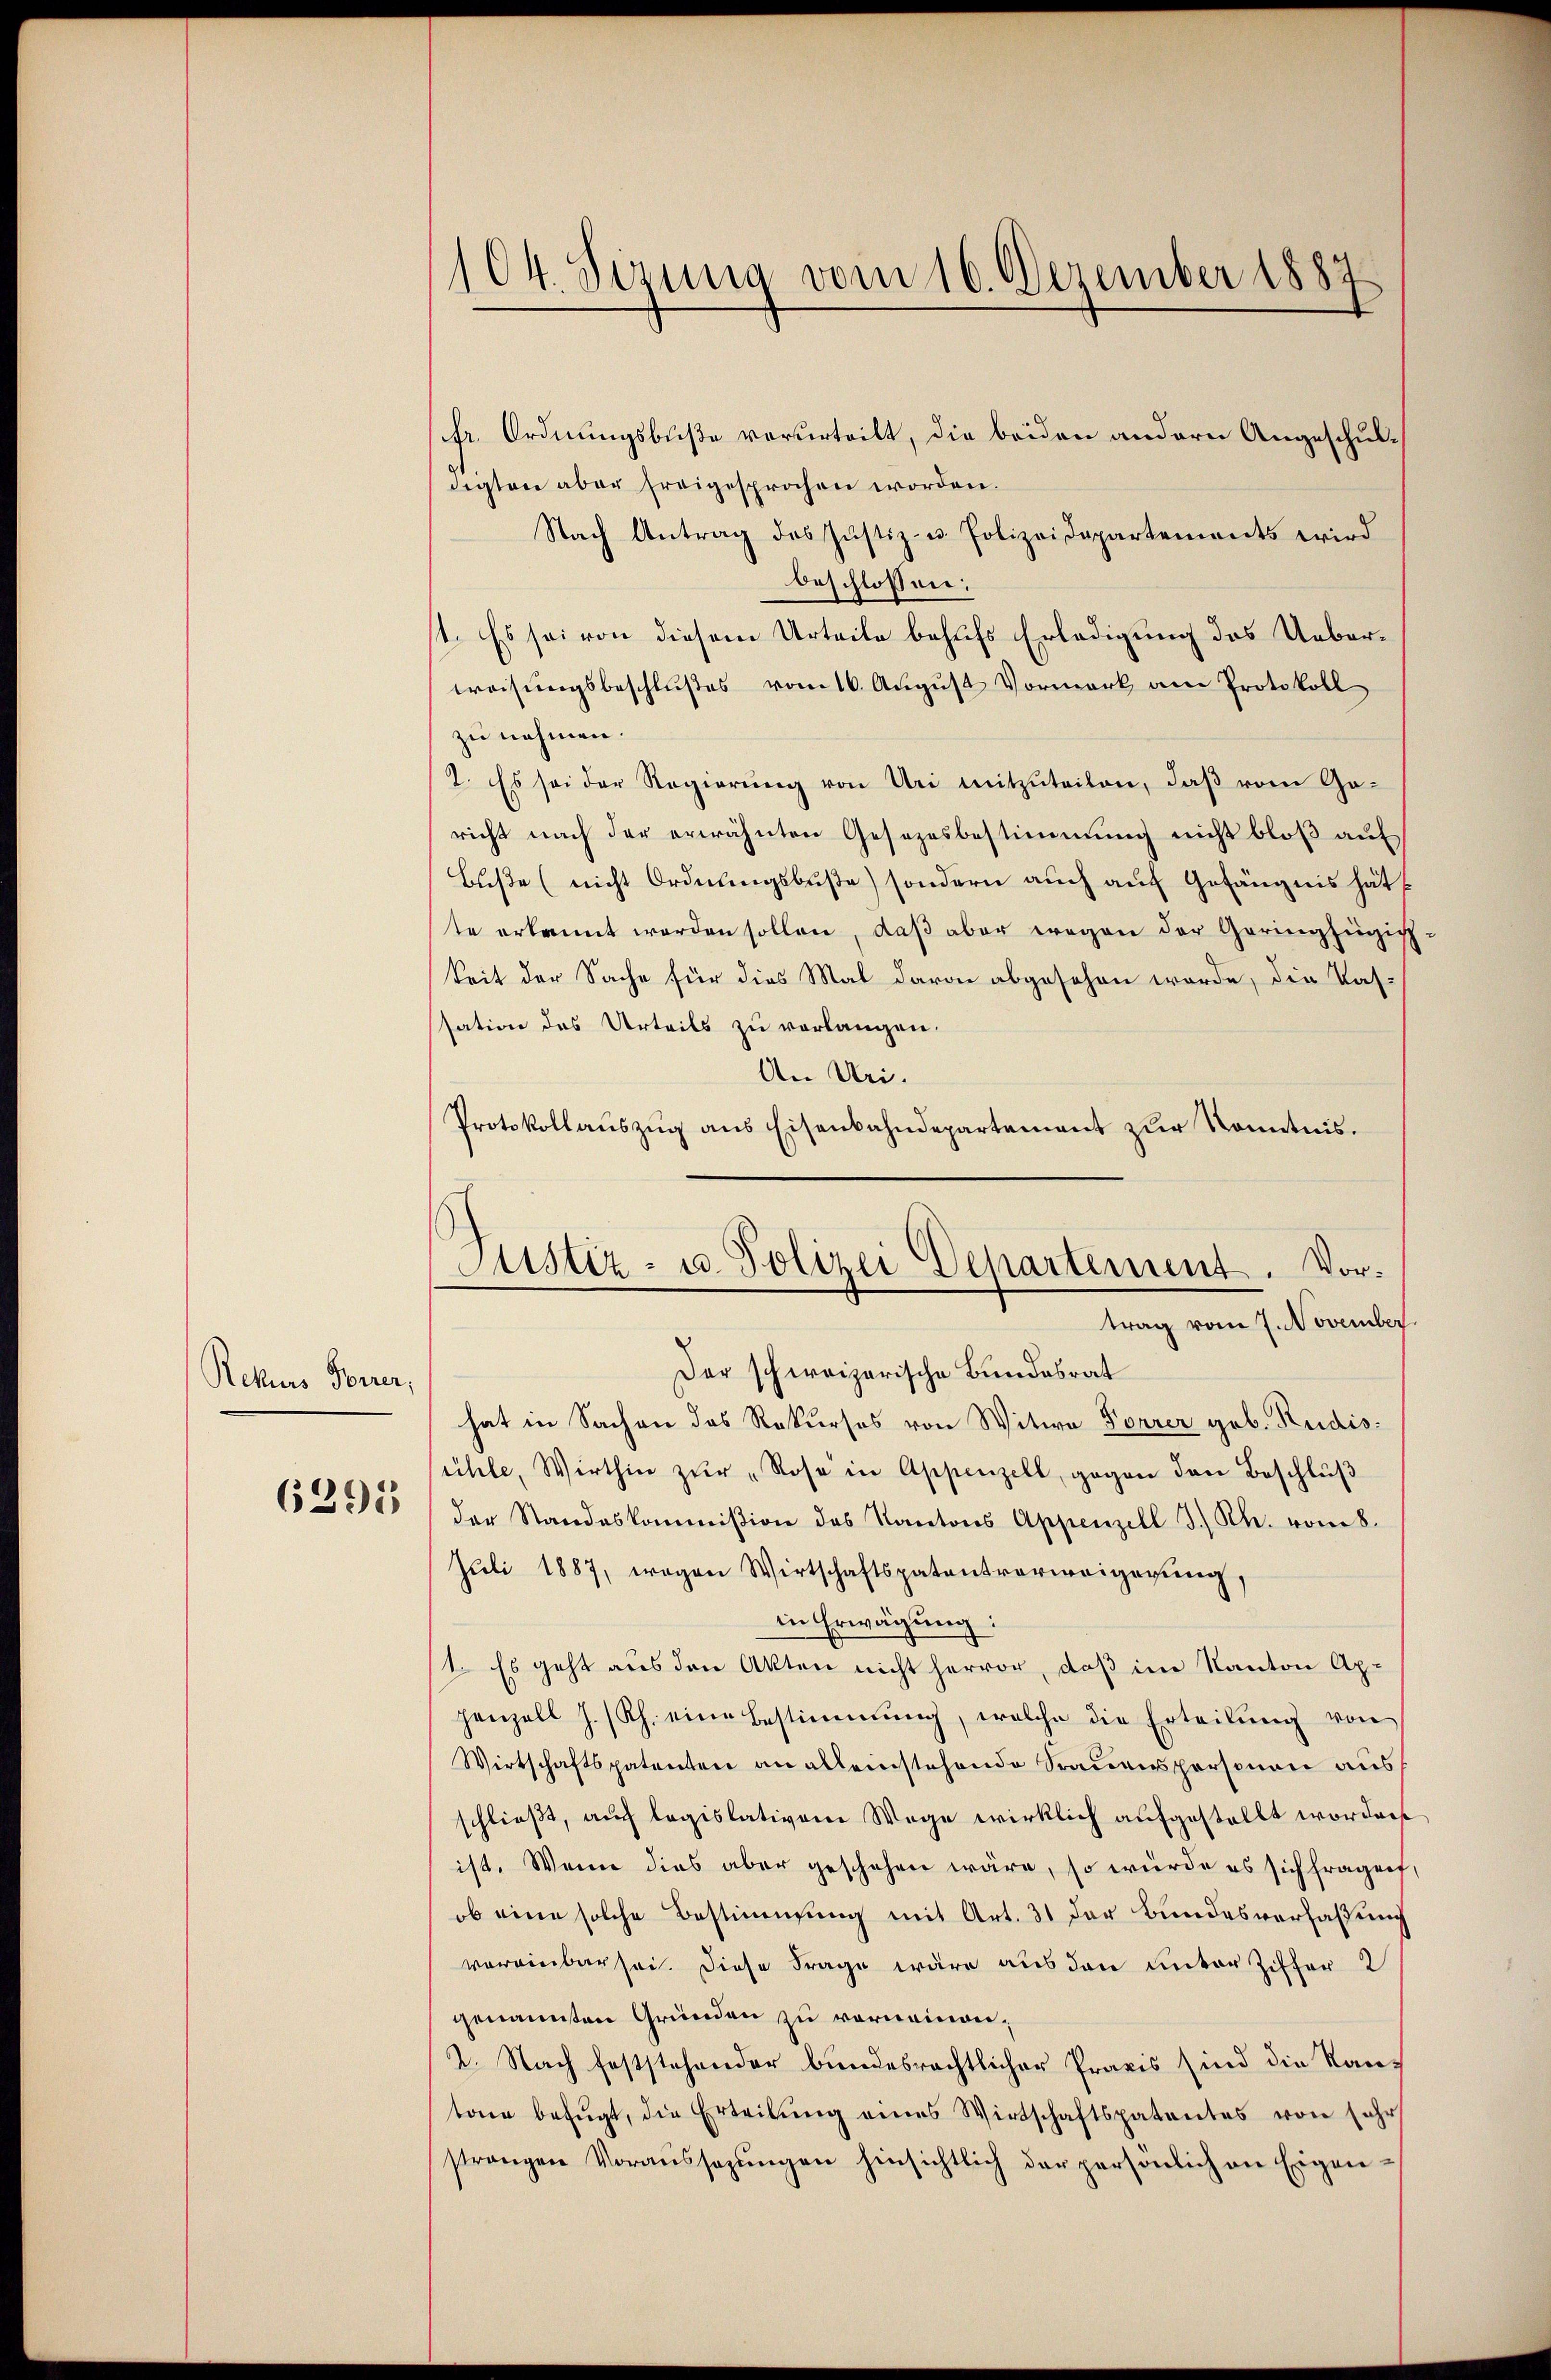
Rekurs Forrer,

6395

104. Sitzung vom 16. Dezember 1882

fr. Ordnungsbuße verurteilt, die beiden andern Angeschuldigten aber freigesprochen worden.
Nach Antrag des Justiz- u. Polizeidepartements wird
beschlossen:
st. Es sei von diesem Urteile behufs Erledigung des Ueberweisungsbeschlußes vom 16. August Vormerk am Protokoll
zu nehmen.
2. Es sei der Regierŭng von Uri mitzŭteilen, daβ vom Ge-
richt nach der erwähnten Gesezesbestimmung nicht bloß auf
Buße (nicht Ordnungsbuße) sondern auch auf Gefängnis hätte erkannt werden sollen, daß aber wegen der Geringhinzig
keit der Sache für dies Mal davon abgesehen worde, die Kassation des Urteils zu verlangen.
An Uri.
Protokollauszug aus Eisenbahndepartement zur Kenntnis.
Der schweizerische Bundesrat
hat in Sachen des Rekurses von Witwe Forrer geb. Rudisühle, Wirthin zŭr "Rose in Appenzell, gegen den Beschlŭβ
der Standeskommißion des Kantons Appenzell I. Rh. vom 8.
Jŭli 1887, wegen Wirtschaftspatentverweigerŭng,
in Erwägung:
/1. Es geht aus den Akten nicht hervor, daß im Kanton Appenzell J. Rh. eine Bestimmung, welche die Erteilŭng von
Wirtschaftspatenten an alleinstehende Trauenspersonen aus
schließt, auch legislativem Wege wirklich aufgestellt worden
ist. Wenn dies aber geschehen wäre, so würde es sich fragen,
ob eine solche Bestimmung mit Art. 31 der Bundesverfassung
vereinbar sei. Diese Frage wäre aus den unter Ziffer 2
genannten Gründen zu vorneinen,
2. Nach feststehender bundesrechtlicher Praxis sind die Kantone befŭgt, die Erteilŭng eines Wirtschaftspatentes von sehr
strangen Voraussagŭngen hinsichtlich der persönlich an Eigen-

Justiz- u. Polizei Departement. Vortrag vom 7. November.